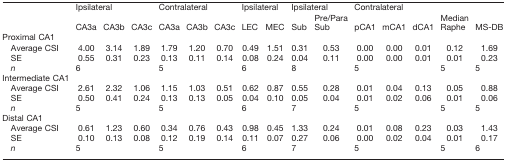
<table><thead><tr><td></td><td colspan="3"><b>Ipsilateral</b></td><td colspan="3"><b>Contralateral</b></td><td colspan="2"><b>Ipsilateral</b></td><td colspan="2"><b>Ipsilateral</b></td><td colspan="3"><b>Contralateral</b></td><td rowspan="2"><b>Median Raphe</b></td><td rowspan="2"><b>MS-DB</b></td></tr><tr><td></td><td><b>CA3a</b></td><td><b>CA3b</b></td><td><b>CA3c</b></td><td><b>CA3a</b></td><td><b>CA3b</b></td><td><b>CA3c</b></td><td><b>LEC</b></td><td><b>MEC</b></td><td><b>Sub</b></td><td><b>Pre/Para Sub</b></td><td><b>pCA1</b></td><td><b>mCA1</b></td><td><b>dCA1</b></td></tr></thead><tbody><tr><td>Proximal CA1</td><td></td><td></td><td></td><td></td><td></td><td></td><td></td><td></td><td></td><td></td><td></td><td></td><td></td><td></td><td></td></tr><tr><td>Average CSI</td><td>4.00</td><td>3.14</td><td>1.89</td><td>1.79</td><td>1.20</td><td>0.70</td><td>0.49</td><td>1.51</td><td>0.31</td><td>0.53</td><td>0.00</td><td>0.00</td><td>0.01</td><td>0.12</td><td>1.69</td></tr><tr><td>SE</td><td>0.55</td><td>0.31</td><td>0.23</td><td>0.13</td><td>0.11</td><td>0.14</td><td>0.08</td><td>0.24</td><td>0.04</td><td>0.11</td><td>0.00</td><td>0.00</td><td>0.01</td><td>0.01</td><td>0.23</td></tr><tr><td><i>n</i></td><td colspan="3">6</td><td colspan="3">5</td><td colspan="2">6</td><td colspan="2">8</td><td colspan="3">5</td><td>5</td><td>5</td></tr><tr><td>Intermediate CA1</td><td></td><td></td><td></td><td></td><td></td><td></td><td></td><td></td><td></td><td></td><td></td><td></td><td></td><td></td><td></td></tr><tr><td>Average CSI</td><td>2.61</td><td>2.32</td><td>1.06</td><td>1.15</td><td>1.03</td><td>0.51</td><td>0.62</td><td>0.87</td><td>0.55</td><td>0.28</td><td>0.01</td><td>0.04</td><td>0.13</td><td>0.05</td><td>0.88</td></tr><tr><td>SE</td><td>0.50</td><td>0.41</td><td>0.24</td><td>0.13</td><td>0.13</td><td>0.05</td><td>0.04</td><td>0.10</td><td>0.05</td><td>0.04</td><td>0.01</td><td>0.02</td><td>0.06</td><td>0.01</td><td>0.06</td></tr><tr><td><i>n</i></td><td colspan="3">5</td><td colspan="3">5</td><td colspan="2">6</td><td colspan="2">7</td><td colspan="3">5</td><td>5</td><td>5</td></tr><tr><td>Distal CA1</td><td></td><td></td><td></td><td></td><td></td><td></td><td></td><td></td><td></td><td></td><td></td><td></td><td></td><td></td><td></td></tr><tr><td>Average CSI</td><td>0.61</td><td>1.23</td><td>0.60</td><td>0.34</td><td>0.76</td><td>0.43</td><td>0.98</td><td>0.45</td><td>1.33</td><td>0.24</td><td>0.01</td><td>0.08</td><td>0.23</td><td>0.03</td><td>1.43</td></tr><tr><td>SE</td><td>0.10</td><td>0.13</td><td>0.08</td><td>0.12</td><td>0.19</td><td>0.14</td><td>0.11</td><td>0.07</td><td>0.27</td><td>0.06</td><td>0.00</td><td>0.02</td><td>0.04</td><td>0.01</td><td>0.17</td></tr><tr><td><i>n</i></td><td colspan="3">5</td><td colspan="3">5</td><td colspan="2">6</td><td colspan="2">7</td><td colspan="3">5</td><td>5</td><td>6</td></tr></tbody></table>